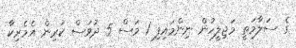
ގެ ސަލާމަތީ މަޖިލީހުން ނިންމައިފި 1 މަސް 5 ދުވަސް ކުރިން އެމެރިކާ